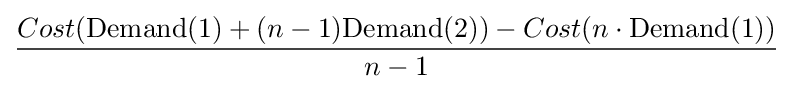
{Cost({\text{Demand}}(1)+(n-1){\text{Demand}}(2))-Cost(n\cdot {\text{Demand}}(1)) \over n-1}